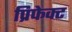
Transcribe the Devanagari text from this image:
प्रिफेक्ट